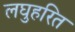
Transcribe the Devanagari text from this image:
लघुहरित